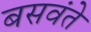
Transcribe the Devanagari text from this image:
बसवंते